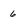
Character: 6